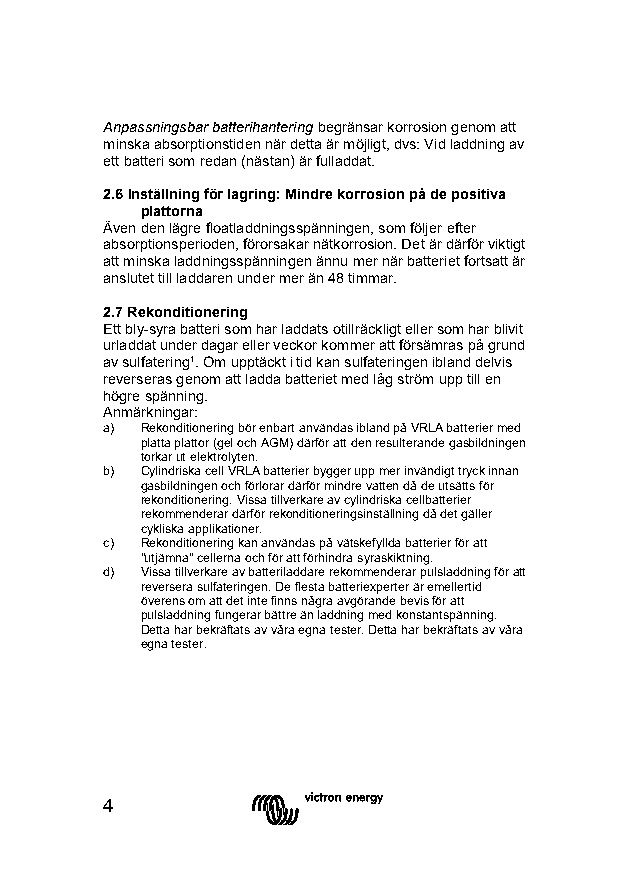
Anpassningsbar batterihantering begränsar korrosion genom att
 minska absorptionstiden när detta är möjligt, dvs: Vid laddning av
 ett batteri som redan (nästan) är fulladdat.
 2.6 Inställning för lagring: Mindre korrosion på de positiva
 plattorna
 Även den lägre floatladdningsspänningen, som följer efter
 absorptionsperioden, förorsakar nätkorrosion. Det är därför viktigt
 att minska laddningsspänningen ännu mer när batteriet fortsatt är
 anslutet till laddaren under mer än 48 timmar.
 2.7 Rekonditionering
 Ett bly-syra batteri som har laddats otillräckligt eller som har blivit
 urladdat under dagar eller veckor kommer att försämras på grund
 av sulfatering¹. Om upptäckt i tid kan sulfateringen ibland delvis
 reverseras genom att ladda batteriet med låg ström upp till en
 högre spänning.
 Anmärkningar:
 a) Rekonditionering bör enbart användas ibland på VRLA batterier med
 platta plattor (gel och AGM) därför att den resulterande gasbildningen
 torkar ut elektrolyten.
 b) Cylindriska cell VRLA batterier bygger upp mer invändigt tryck innan
 gasbildningen och förlorar därför mindre vatten då de utsätts för
 rekonditionering. Vissa tillverkare av cylindriska cellbatterier
 rekommenderar därför rekonditioneringsinställning då det gäller
 cykliska applikationer.
 c) Rekonditionering kan användas på vätskefyllda batterier för att
 "utjämna" cellerna och för att förhindra syraskiktning.
 d) Vissa tillverkare av batteriladdare rekommenderar pulsladdning för att
 reversera sulfateringen. De flesta batteriexperter är emellertid
 överens om att det inte finns några avgörande bevis för att
 pulsladdning fungerar bättre än laddning med konstantspänning.
 Detta har bekräftats av våra egna tester. Detta har bekräftats av våra
 egna tester.
 4